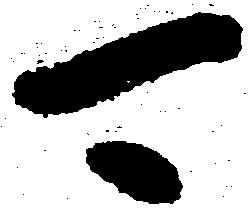
可